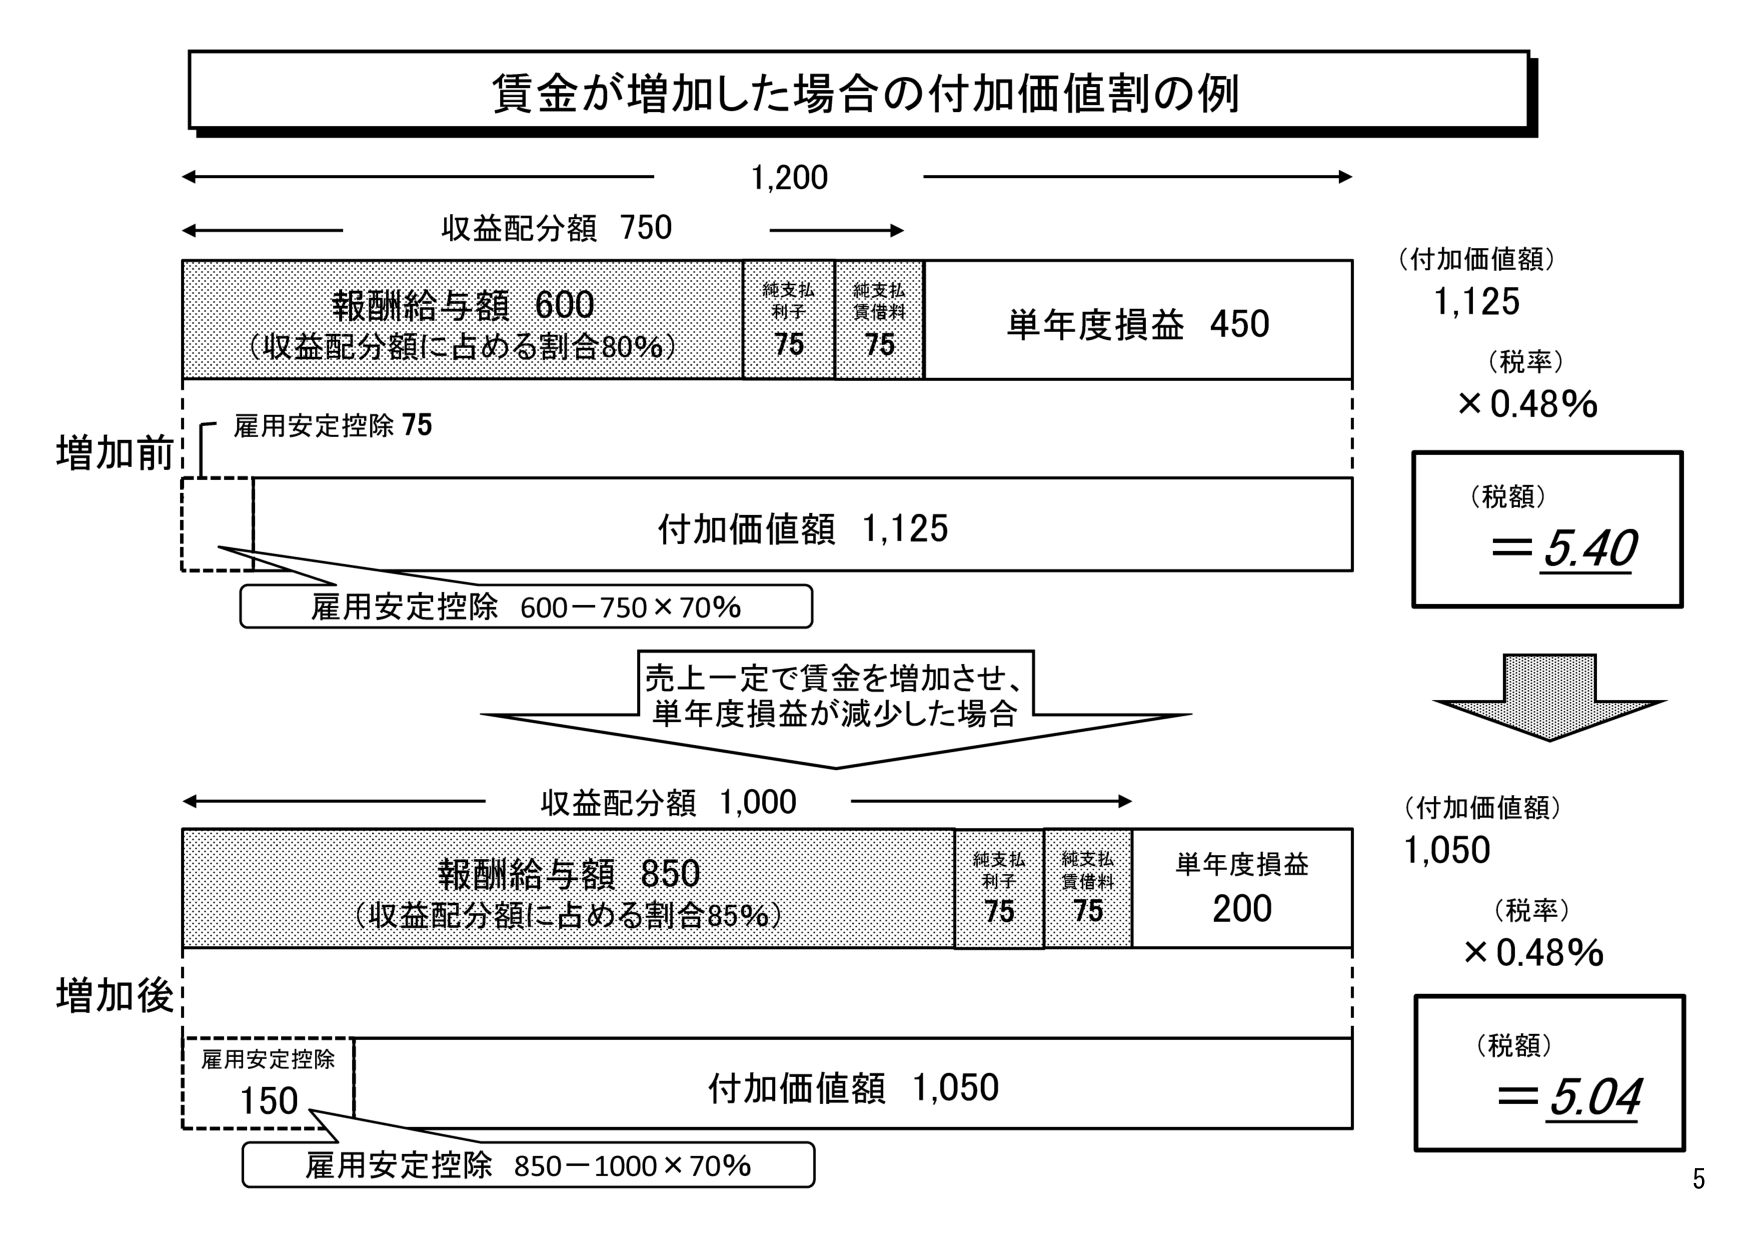
賃金が増加した場合の付加価値割の例

1,200
収益配分額 750

（付加価値額）
1,125
（税率）
×0.48%
（税額）
＝5.40

報酬給与額 600
（収益配分額に占める割合80%）
純支払利子 75
純支払賃借料 75
単年度損益 450

増加前
雇用安定控除 75
付加価値額 1,125
雇用安定控除 600－750×70%

売上一定で賃金を増加させ、
単年度損益が減少した場合

収益配分額 1,000

（付加価値額）
1,050
（税率）
×0.48%
（税額）
＝5.04

報酬給与額 850
（収益配分額に占める割合85%）
純支払利子 75
純支払賃借料 75
単年度損益 200

増加後
雇用安定控除 150
付加価値額 1,050
雇用安定控除 850－1000×70%

5